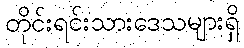
တိုင်းရင်းသားဒေသများရှိ